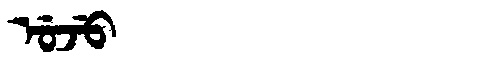
Manchu: ᡠᠵᡠ
Romanization: UJU